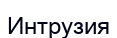
Интрузия